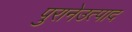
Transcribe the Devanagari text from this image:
पुरानेउत्पाद